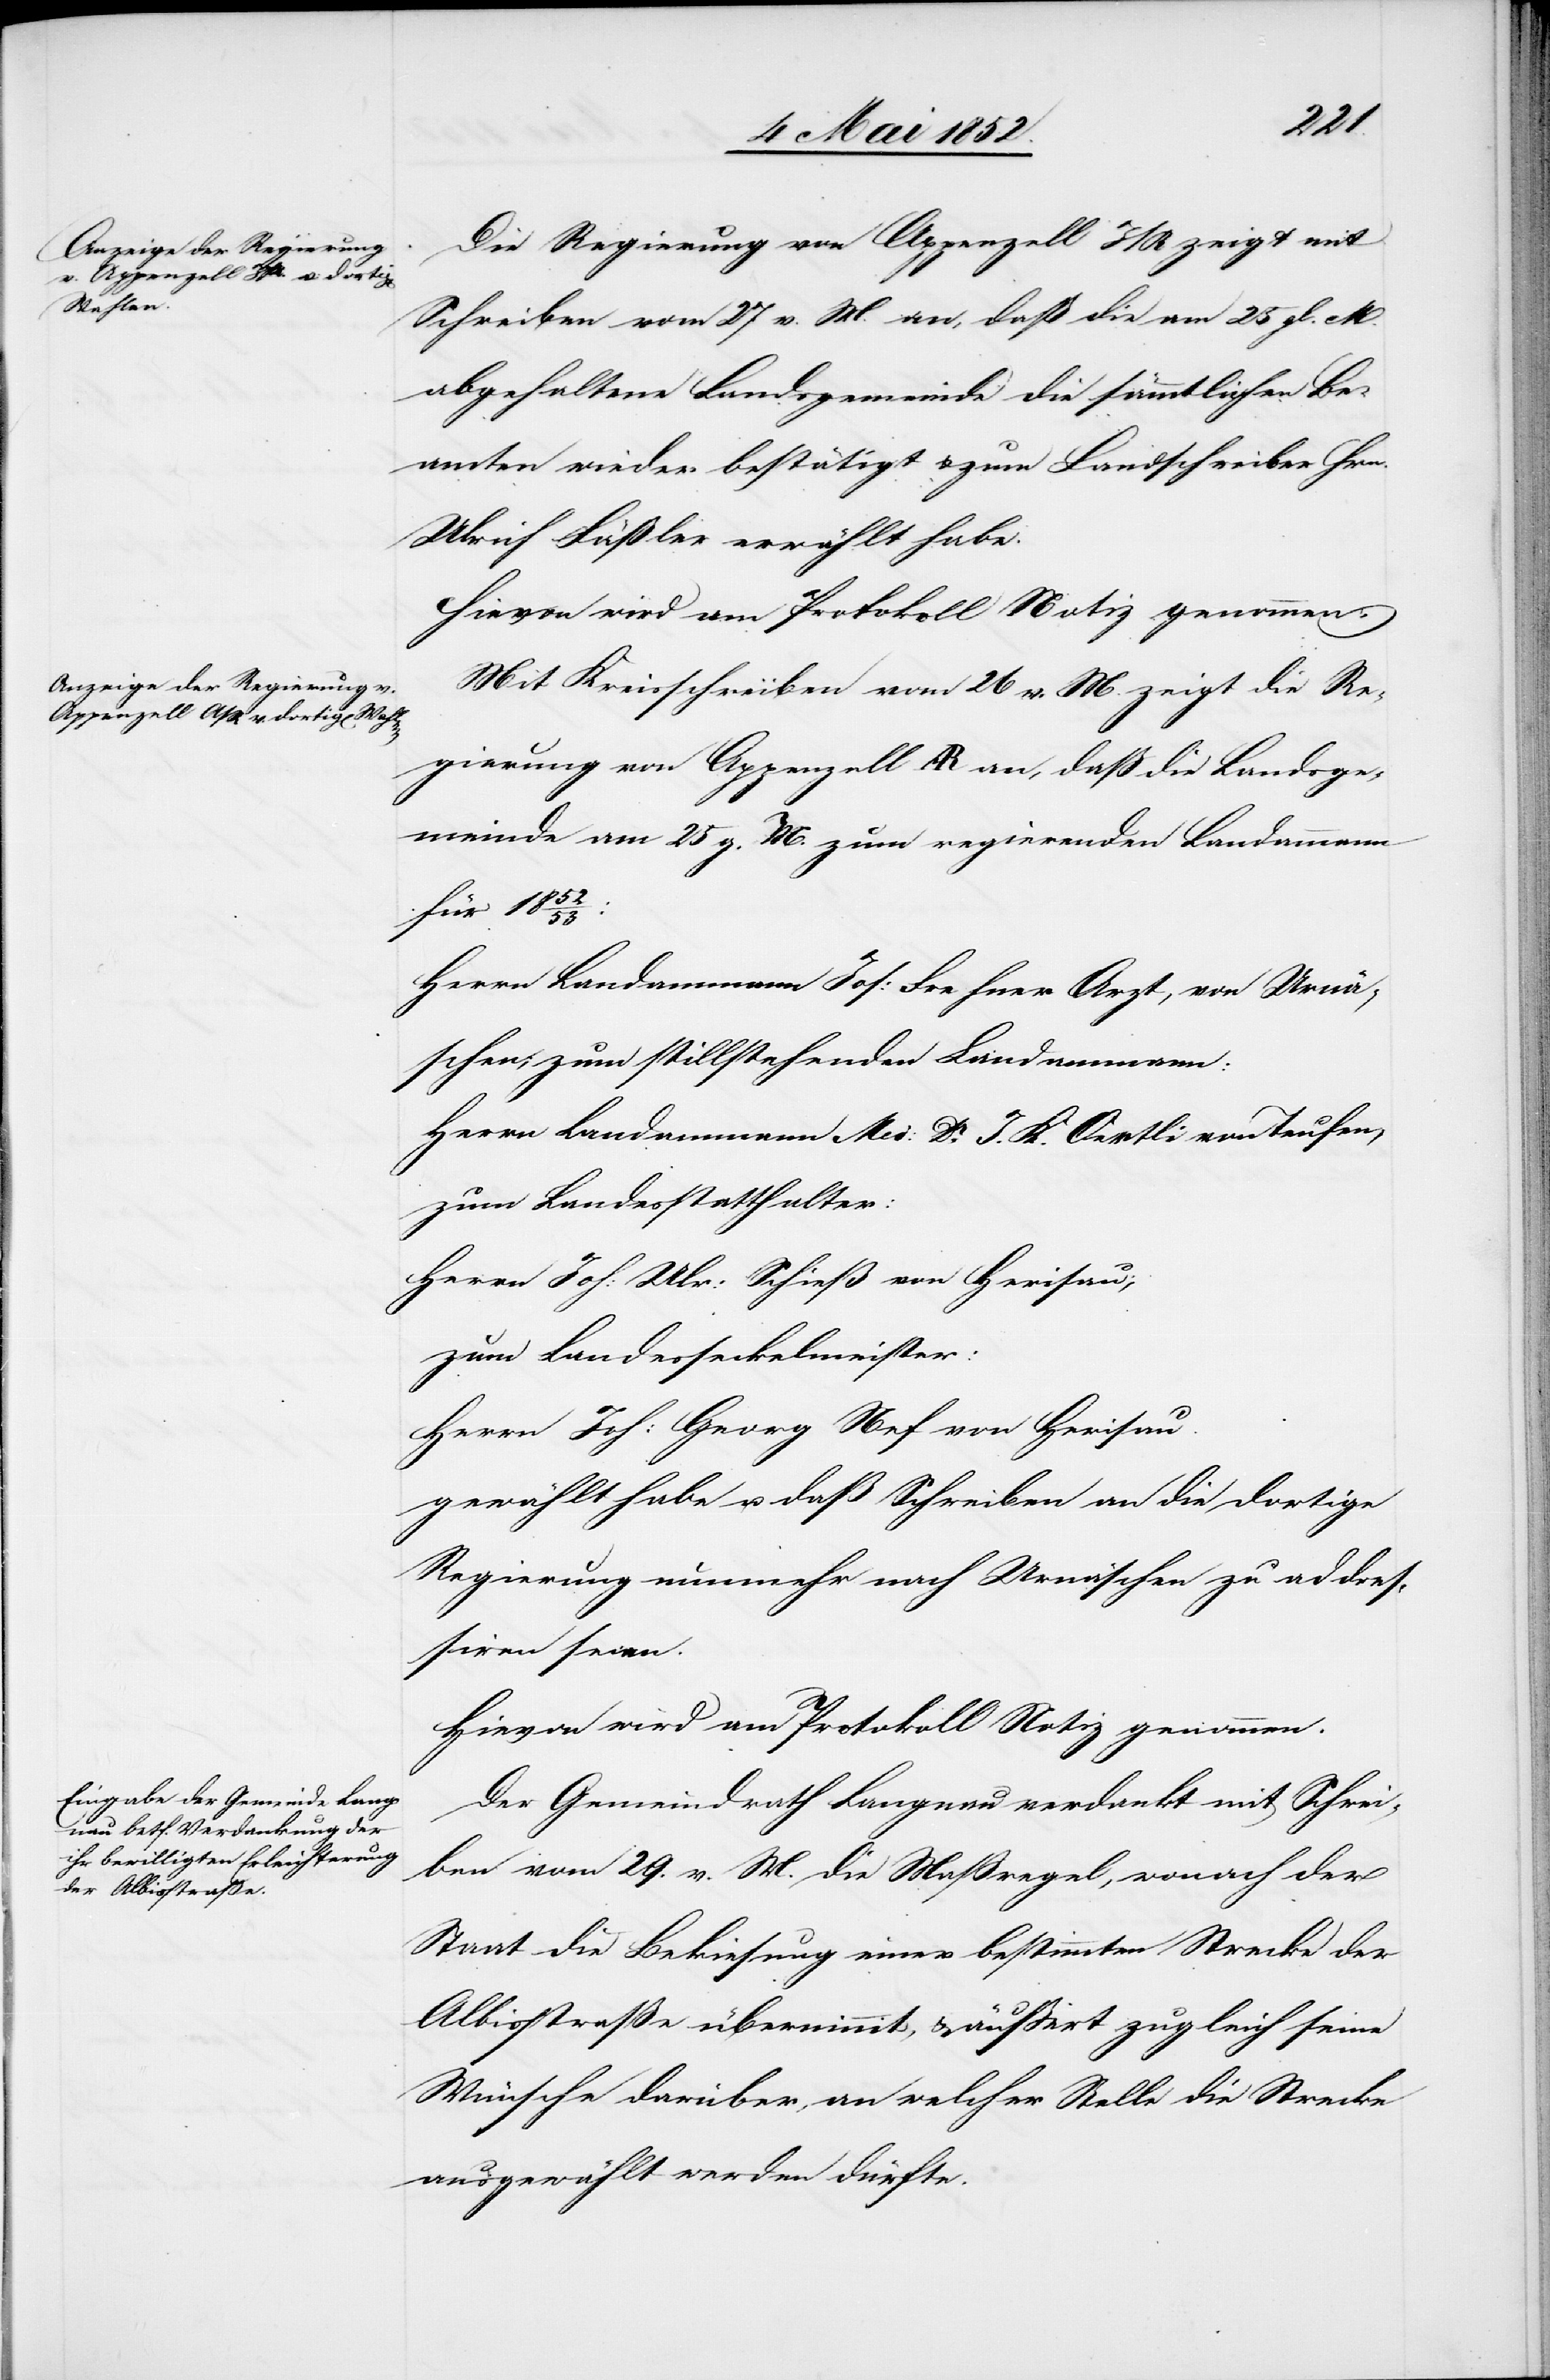
Die Regierung von Appenzell I/R zeigt mit
Schreiben vom 27 v. M. an, daß die am 25 gl. M.
abgehaltene Landsgemeinde die sämmtlichen Be¬
amten wieder bestätigt & zum Landschreiber Hrn.
Ulrich Fäßler erwählt habe.
Hievon wird am Protokoll Notiz genommen.
Mit Kreisschreiben vom 26 v. M. zeigt die Re¬
gierung von Appenzell AR an, dass die Landsge¬
meinde am 25 g. M. zum regierenden Landammann
für 1852/53:
Herrn Landammann Jos: Frehner Arzt, von Urnä¬
schen; zum stillstehenden Landammann:
Herrn Landammann Med: Dr. J. K. Oertli von Teufen,
zum Landesstatthalter:
Herrn Joh: Ulr: Schieß von Herisau;
zum Landesseckelmeister:
Herrn Joh: Georg Nef von Herisau.
gewählt habe u. daß Schreiben an die dortige
Regierung nunmehr nach Urnäschen zu addres¬
siren seien.
Hievon wird am Protokoll Notiz genommen.
Der Gemeindrath Langnau verdankt mit Schrei¬
ben vom 29. v. M. die Maßregel, wonach der
Staat die Bekiesung einer bestimmten Strecke der
Albisstraße übernimmt, & äussert zugleich seine
Wünsche darüber, an welcher Stelle die Strecke
ausgewählt werden dürfte.